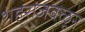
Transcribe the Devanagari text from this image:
शहरांजवळून